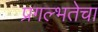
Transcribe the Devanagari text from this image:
प्रगल्‍भतेचा